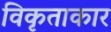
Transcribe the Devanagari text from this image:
विकृताकार